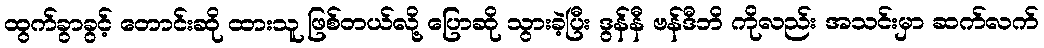
ထွက်ခွာခွင့် တောင်းဆို ထားသူ ဖြစ်တယ်လို့ ပြောဆို သွားခဲ့ပြီး ဒွန်နီ ဗန်ဒီဘိ ကိုလည်း အသင်းမှာ ဆက်လက်